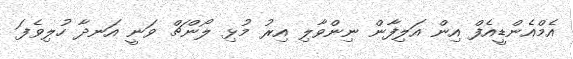
އެމްއެންޑީއެފް އިން އަލިފާން ނިންވާލި އިރު މުޅި ލޯންޗް ވަނީ އަނދާ ހުލިވެފަ